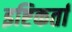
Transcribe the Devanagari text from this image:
इष्टिकर्ता